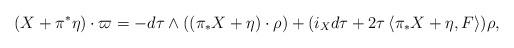
LaTeX: \begin{align*}(X + \pi^{*}\eta)\cdot \varpi = -d\tau \wedge ((\pi_{*}X+\eta)\cdot \rho) + (i_{X}d\tau + 2\tau \left<\pi_{*}X + \eta, F\right>)\rho,\end{align*}